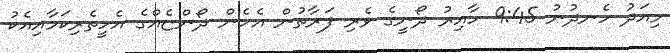
މިއަދު ހެނދުނު 9:45 ހާއިރު ދޯނީގެ ވެރި ފަރާތުން އެހެން ދޯންޏެއްގެ އެހީތެރިކަމާއިއެކު